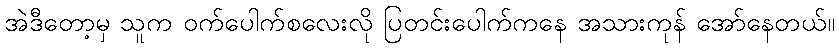
အဲဒီတော့မှ သူက ဝက်ပေါက်စလေးလို ပြတင်းပေါက်ကနေ အသားကုန် အော်နေတယ်။